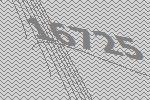
16725